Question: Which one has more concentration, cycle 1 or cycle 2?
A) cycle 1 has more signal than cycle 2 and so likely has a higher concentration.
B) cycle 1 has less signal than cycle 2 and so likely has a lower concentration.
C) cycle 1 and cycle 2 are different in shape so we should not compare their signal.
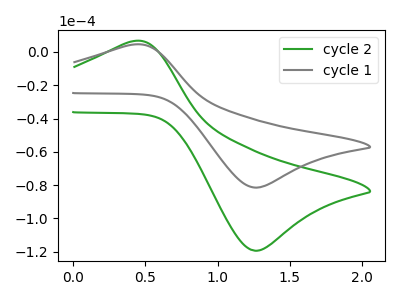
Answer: <think>The green curve "cycle 2" has an anodic peak at (0.40V, 6.50uA) and a cathodic peak at (1.25V, -119.40uA). The gray curve "cycle 1" has an anodic peak at (0.40V, 4.45uA) and a cathodic peak at (1.25V, -81.50uA).
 All the peaks in "cycle 1" have a peak in "cycle 2" at the same potential. Every peak in "cycle 1" is lower than every peak in "cycle 2".</think>
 <answer>B) "cycle 1" has less signal than "cycle 2" and so likely has a lower concentration.</answer>
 <eval>B</eval>